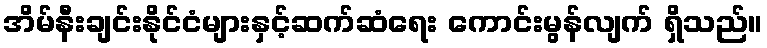
အိမ်နီးချင်းနိုင်ငံများနှင့်ဆက်ဆံရေး ကောင်းမွန်လျက် ရှိသည်။